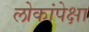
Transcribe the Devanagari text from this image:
लोकांपेक्षा